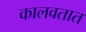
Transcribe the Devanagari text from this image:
कालवतात